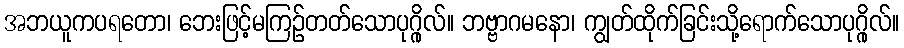
အဘယူကပရတော၊ ဘေးဖြင့်မကြဉ်တတ်သောပုဂ္ဂိုလ်။ ဘဗ္ဗာဂမနော၊ ကျွတ်ထိုက်ခြင်းသို့ရောက်သောပုဂ္ဂိုလ်။